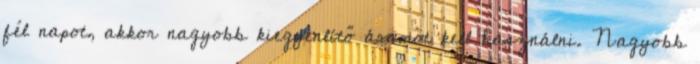
fél napot, akkor nagyobb kiegyenlítő áramot kell használni. Nagyobb